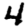
Digit: 4